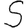
Digit: 5